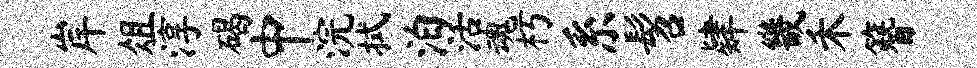
岸俎淳碣中浣拭泊活魂朽系髫肄畿禾簪